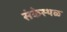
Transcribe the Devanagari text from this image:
संकेस्थळ